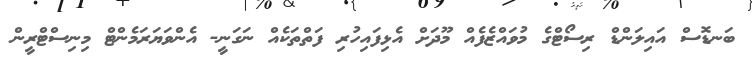
ބަނޑޮސް އައިލަންޑް ރިސޯޓްގެ މުވައްޒެފެއް މޫދަށް އެޅިފައިހުރި ފަތްތަކެއް ނަގަނީ- އެންވަޔަރަމެންޓް މިނިސްޓްރީން